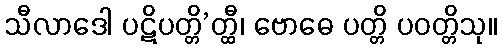
သီလာဒေါ ပဋိပတ္တိ’တ္ထီ၊ ဗောဓေ ပတ္တိ ပဝတ္တိသု။